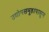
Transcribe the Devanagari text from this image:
उद्योगसमूहांपासून